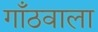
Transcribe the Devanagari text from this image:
गाँठवाला